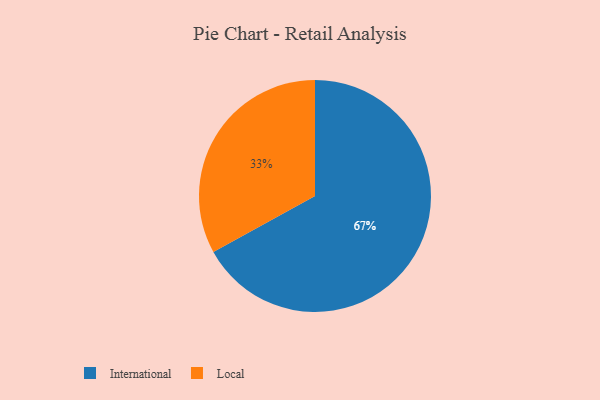
{"axis": {"x": "Category", "y": "Percentage"}, "legend": ["International", "Local"], "data": [{"x": "Local", "y": 33, "type": "Local"}, {"x": "International", "y": 67, "type": "International"}]}